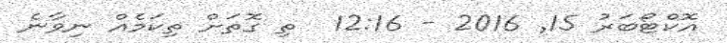
އޮކްޓޯބަރު 15